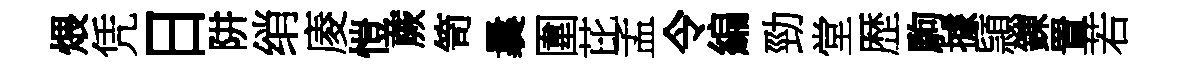
煨凭日阱绡庱愷蕨笥曩圍芘孟令編勁堂歴駒據頴錬置若